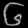
Digit: ၆